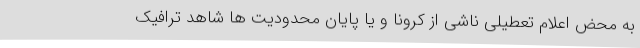
به محض اعلام تعطیلی ناشی از کرونا و یا پایان محدودیت ها شاهد ترافیک